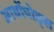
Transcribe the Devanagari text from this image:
आर्थोपोड्स